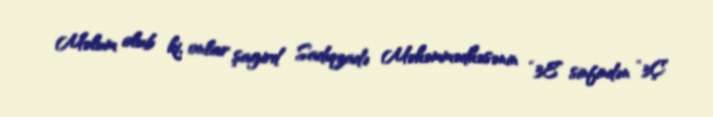
Məlum olub ki, onlar şagird Sadıqzadə Məhəmmədhəsənin “3E” sinfindən “3Ç”